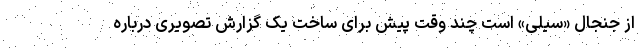
از جنجال «سیلی» است چند وقت پیش برای ساخت یک گزارش تصویری درباره